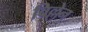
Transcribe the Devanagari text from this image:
विल्लेन